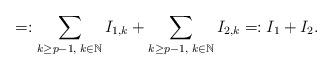
LaTeX: \begin{align*}=:\sum_{k\geq p-1,\;k\in\mathbb{N}}I_{1,k}+\sum_{k\geq p-1,\;k\in\mathbb{N}}I_{2,k}=:I_{1}+I_{2}.\end{align*}